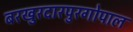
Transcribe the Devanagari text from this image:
बरखुरदारपुरगोपाल